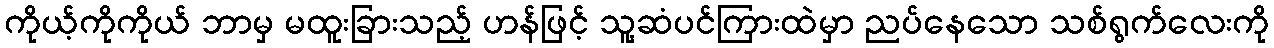
ကိုယ့်ကိုကိုယ် ဘာမှ မထူးခြားသည့် ဟန်ဖြင့် သူ့ဆံပင်ကြားထဲမှာ ညပ်နေသော သစ်ရွက်လေးကို